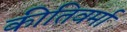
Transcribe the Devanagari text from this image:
कीतिवर्मा